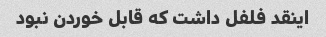
اینقد فلفل داشت که قابل خوردن نبود